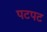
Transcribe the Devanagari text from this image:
पटपट